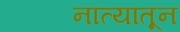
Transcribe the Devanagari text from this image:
नात्यांतून